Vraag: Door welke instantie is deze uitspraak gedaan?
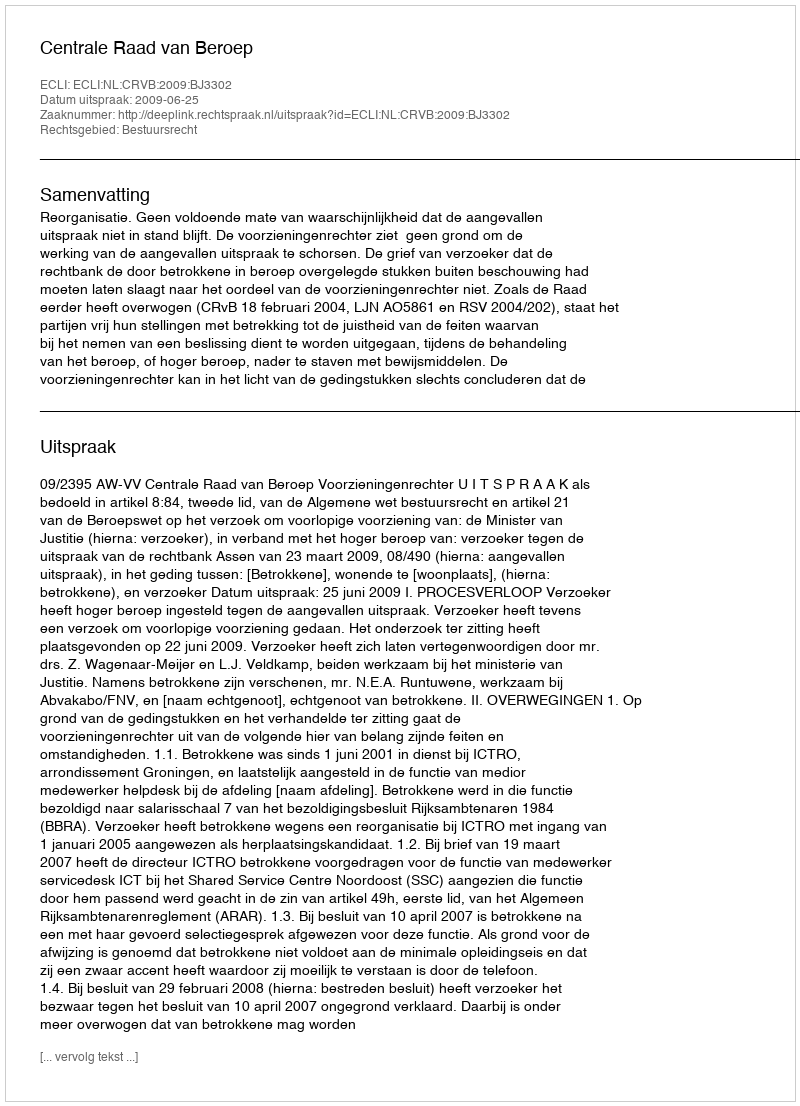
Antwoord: Centrale Raad van Beroep